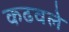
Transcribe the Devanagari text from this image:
कढवले